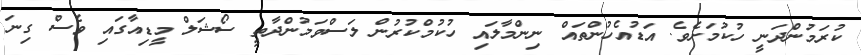
ކުރަމުންދަނީ ހުކުމަށެވެ. އަޑުއެހުންތައް ނިންމާލައި ހުކުމްކުރުން ލަސްވަމުންދާތީ ސޯޝަލް މީޑިއާގައި ވެސް ގިނަ